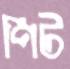
পিট